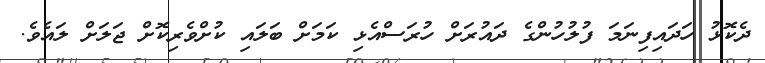
ދެކޮޅު ހަދައިފިނަމަ ފުލުހުންގެ ދައުރަށް ހުރަސްއެޅި ކަމަށް ބަލައި ކުށްވެރިކޮށް ޖަލަށް ލައެވެ.